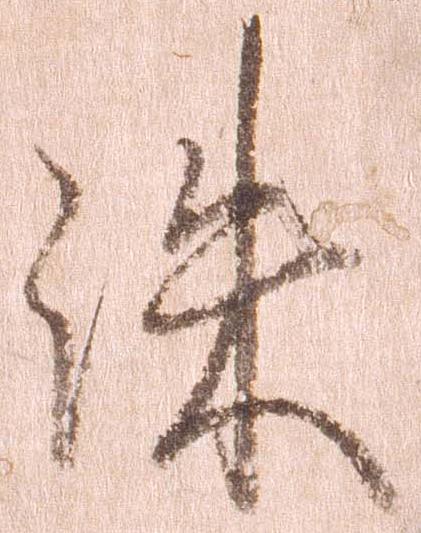
誅